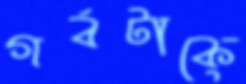
গর্বটাকে